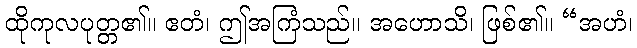
ထိုကုလပုတ္တ၏။ ဧတံ၊ ဤအကြံသည်။ အဟောသိ၊ ဖြစ်၏။ “အဟံ၊